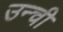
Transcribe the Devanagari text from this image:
उन्ची